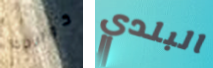
كوالدك البلدي